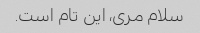
سلام مری، این تام است.